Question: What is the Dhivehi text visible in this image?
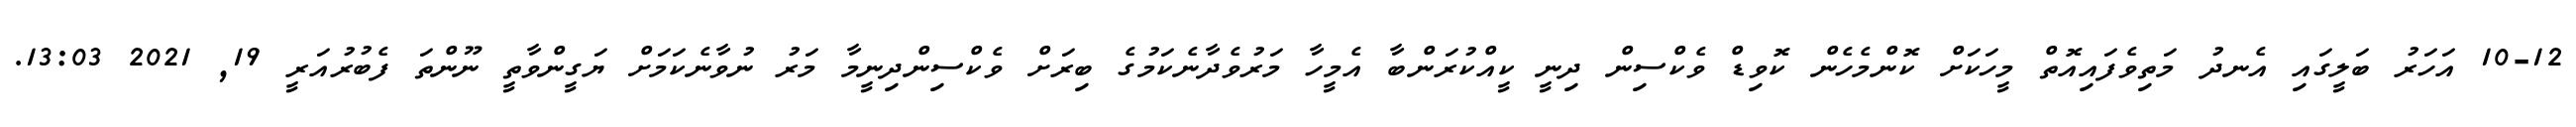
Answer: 10-12 އަހަރު ބަލީގައި އެނދު މަތިވެފައިއޮތް މީހަކަށް ކޮންމެހެން ކޮވިޑް ވެކްސިން ދިނީ ކީއްކުރަންބާ އެމީހާ މަރުވެދާނެކަމުގެ ބިރަށް ވެކްސިންދިނީމާ މަރު ނުވާނެކަމަށް ޔަގީންވާތީ ނޫންތަ ފެބުރުއަރީ 19, 2021 13:03.